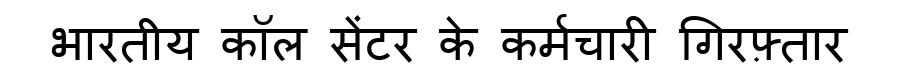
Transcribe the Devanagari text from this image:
भारतीय कॉल सेंटर के कर्मचारी गिरफ़्तार